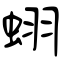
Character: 蛡